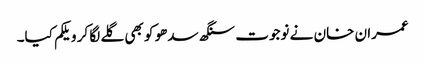
عمران خان نے نوجوت سنگھ سدھو کو بھی گلے لگا کر ویلکم کیا۔